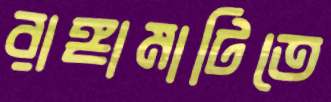
রাঙ্গামাটিতে